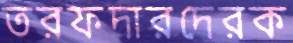
তরফদারদেরক